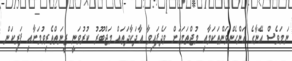
ނަމަވެސް އޭނާގެ އަންހެންވަންތަކަމާއި މުޖްތަމަޢަށް ވަދެފައިވާ އާދަކާދަތައް މަޖްބޫރު ކުރުވަނީ ޒީނަތްތެރިވުމަށާއި ފަރިކަން